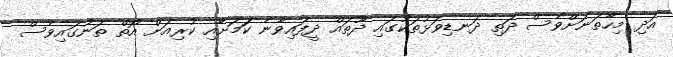
އަދި މިހާތަނަށްވެސް ދަތި ދަނޑިވަޅުތަކުގައި ދޫތައް ދީފައިވާނެ ކަަމަށާއި ކުރިއަށް އޮތް ތަނުގައިވެސް